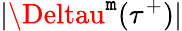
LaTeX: \vert{\Deltau}^{\mathtt{m}}(\tau^{+})\vert